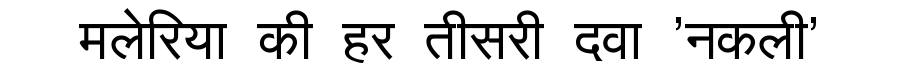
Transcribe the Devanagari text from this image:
मलेरिया की हर तीसरी दवा 'नकली'